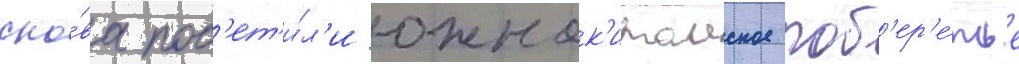
сно́ва пос'ет'и́л'и южнок'итаиское поб'ер'е́жье